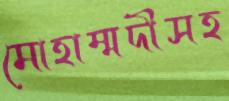
মোহাম্মদীসহ